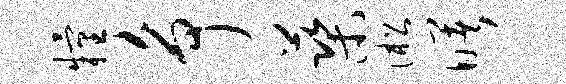
粮争蕖淞曙